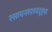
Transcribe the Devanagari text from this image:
रसायनशास्त्रदृष्ट्या